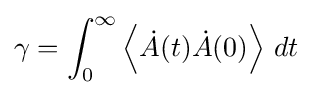
\gamma =\int _{0}^{\infty }\left\langle {\dot {A}}(t){\dot {A}}(0)\right\rangle \,dt